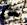
عن